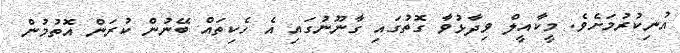
އުނިކުރުމަށެވެ. މީކާއީލް ވިދާޅުވާ ގޮތުގައި ގާނޫނުގައި އެ ހެކިތައް ބޭނުން ކުރަން އޮތުމުން